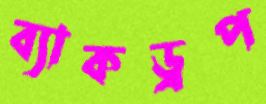
ব্যাকড্রপ